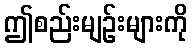
ဤစည်းမျဉ်းများကို